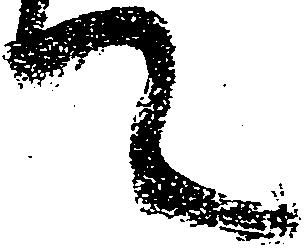
て